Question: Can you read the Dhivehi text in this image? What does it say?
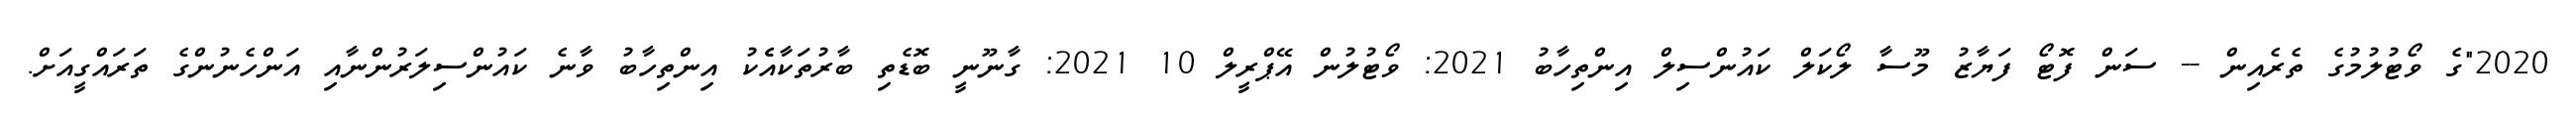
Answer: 2020"ގެ ވޯޓުލުމުގެ ތެރެއިން -- ސަން ފޮޓޯ ފަޔާޒު މޫސާ ލޯކަލް ކައުންސިލް އިންތިހާބު 2021: ވޯޓުލުން އޭޕްރީލް 10 2021: ގާނޫނީ ބޮޑެތި ބާރުތަކާއެެކު އިންތިހާބު ވާނެ ކައުންސިލަރުންނާއި އަންހެނުންގެ ތަރައްގީއަށް.